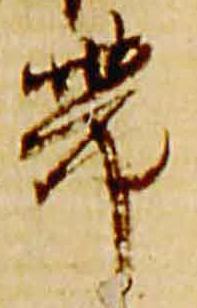
帯